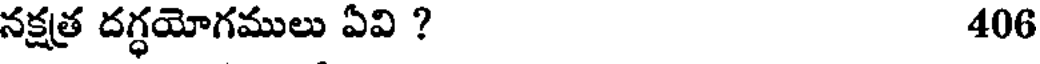
నక్షత్ర దగ్ధయోగములు ఏవి ? 406